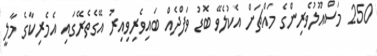
250 މަސްއޫލުވެރިންގެ މައްޗަށް އެކުލެވޭ ބޮޑު ވަފްދެއް ބައިވެރިވިއިރު އޭގެތެރޭގައި އެމެރިކާގެ މާލީ